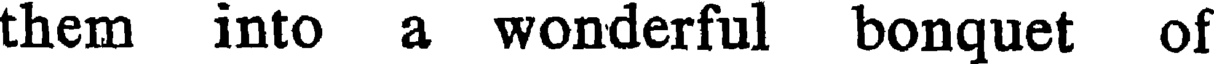
them into a wonderful bonquet of